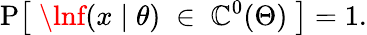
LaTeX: \operatorname{P}\! {\big[}\; \lnf(x\mid\theta)\; \in\; \mathbb{C}^{0}(\Theta)\; {\big]}=1.